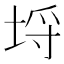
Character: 埒